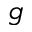
g